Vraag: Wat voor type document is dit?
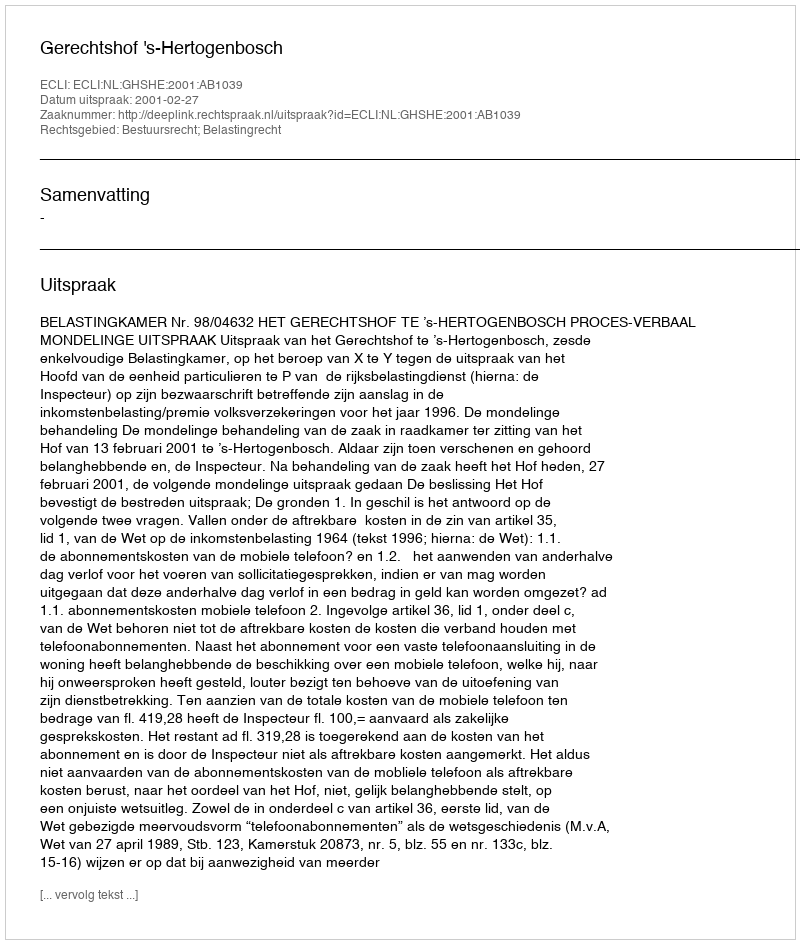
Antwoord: Uitspraak